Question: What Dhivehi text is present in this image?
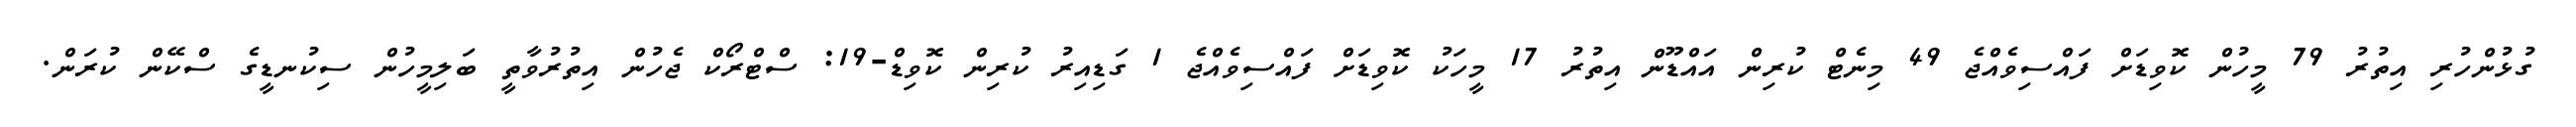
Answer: ގުޅުންހުރި އިތުރު 79 މީހުން ކޮވިޑަށް ފައްސިވެއްޖެ 49 މިނެޓް ކުރިން އައްޑޫން އިތުރު 17 މީހަކު ކޮވިޑަށް ފައްސިވެއްޖެ 1 ގަޑިއިރު ކުރިން ކޮވިޑް-19: ސްޓްރޯކް ޖެހުން އިތުރުވާތީ ބަލިމީހުން ސިކުނޑީގެ ސްކޭން ކުރަން.